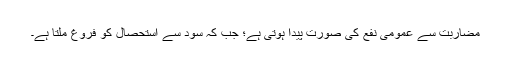
مضاربت سے عمومی نفع کی صورت پیدا ہوتی ہے؛ جب کہ سود سے استحصال کو فروغ ملتا ہے۔